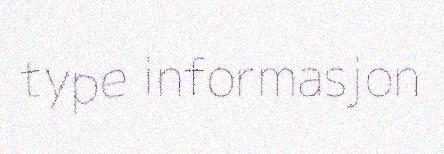
type informasjon